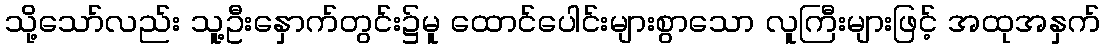
သို့သော်လည်း သူ့ဦးနှောက်တွင်း၌မူ ထောင်ပေါင်းများစွာသော လူကြီးများဖြင့် အထုအနှက်